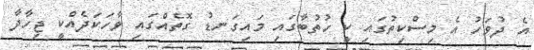
އެ ދުވަހު އެ މިސްކިތުގައި ކީ ހުތުބާގައި މައިގަނޑު ގޮތެއްގައި ވާހަކަދެއްކީ ޖިހާދާ